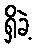
ရှိခဲ့